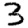
Digit: 3